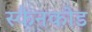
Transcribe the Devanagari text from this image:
स्कैनकोड